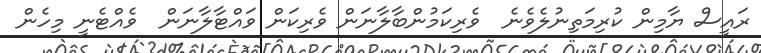
ރައީސް ޔާމިން ކުރިމަތިނުލެވެނެ  ވެރިކަމުންބާލާނަން ވެރިކަން ވައްޓާލާނަން  ވެއްޓެނީ މިހެން